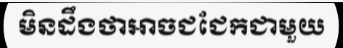
មិនដឹងថាអាចជជែកជាមួយ